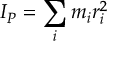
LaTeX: I _ { P } = \sum _ { i } m _ { i } r _ { i } ^ { 2 }